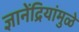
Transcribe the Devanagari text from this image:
ज्ञानेंद्रियांमुळे